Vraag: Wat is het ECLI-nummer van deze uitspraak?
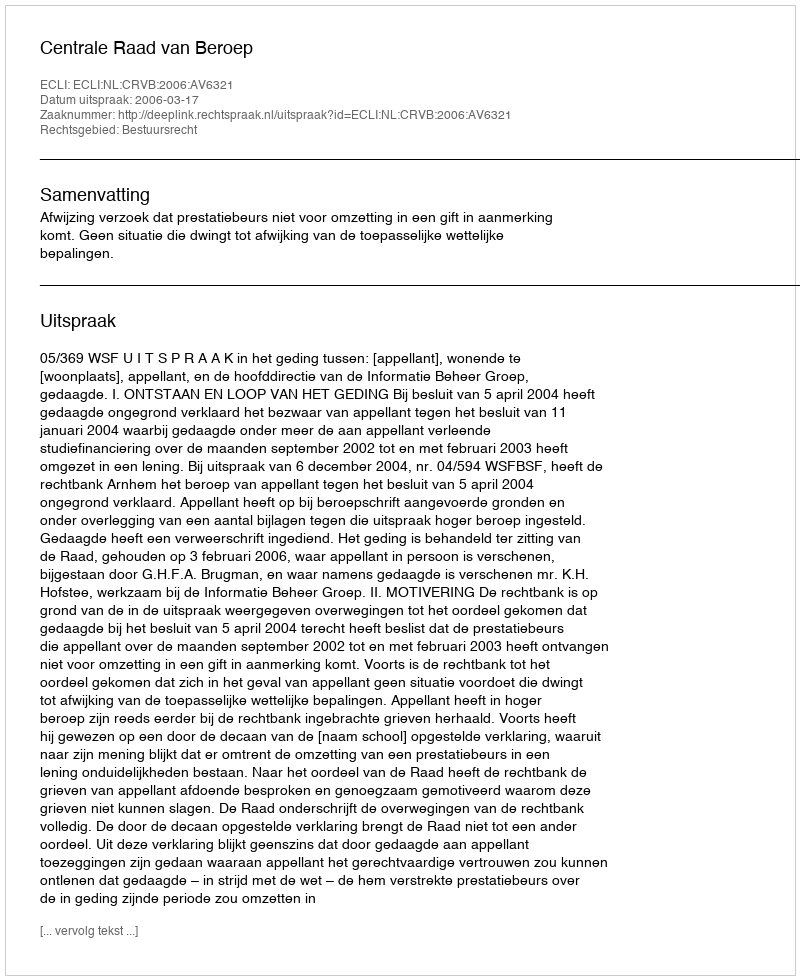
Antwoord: ECLI:NL:CRVB:2006:AV6321